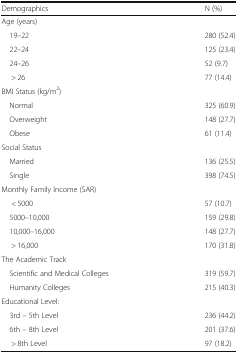
<table><thead><tr><td><b>Demographics</b></td><td><b>N (%)</b></td></tr></thead><tbody><tr><td colspan="2">Age (years)</td></tr><tr><td> 19–22</td><td>280 (52.4)</td></tr><tr><td> 22–24</td><td>125 (23.4)</td></tr><tr><td> 24–26</td><td>52 (9.7)</td></tr><tr><td>&gt; 26</td><td>77 (14.4)</td></tr><tr><td colspan="2">BMI Status (kg/m<sup>2</sup>)</td></tr><tr><td> Normal</td><td>325 (60.9)</td></tr><tr><td> Overweight</td><td>148 (27.7)</td></tr><tr><td> Obese</td><td>61 (11.4)</td></tr><tr><td colspan="2">Social Status</td></tr><tr><td> Married</td><td>136 (25.5)</td></tr><tr><td> Single</td><td>398 (74.5)</td></tr><tr><td colspan="2">Monthly Family Income (SAR)</td></tr><tr><td>&lt; 5000</td><td>57 (10.7)</td></tr><tr><td> 5000–10,000</td><td>159 (29.8)</td></tr><tr><td> 10,000–16,000</td><td>148 (27.7)</td></tr><tr><td>&gt; 16,000</td><td>170 (31.8)</td></tr><tr><td colspan="2">The Academic Track</td></tr><tr><td> Scientific and Medical Colleges</td><td>319 (59.7)</td></tr><tr><td> Humanity Colleges</td><td>215 (40.3)</td></tr><tr><td colspan="2">Educational Level:</td></tr><tr><td> 3rd – 5th Level</td><td>236 (44.2)</td></tr><tr><td> 6th – 8th Level</td><td>201 (37.6)</td></tr><tr><td>&gt; 8th Level</td><td>97 (18.2)</td></tr></tbody></table>